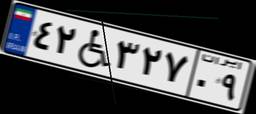
۳۹W۱۰۹۱۳